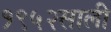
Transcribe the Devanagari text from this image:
१९५२साली